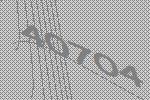
40704